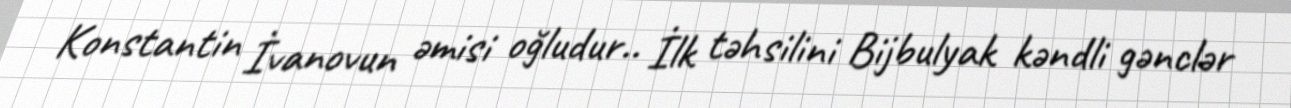
Konstantin İvanovun əmisi oğludur.. İlk təhsilini Bijbulyak kəndli gənclər